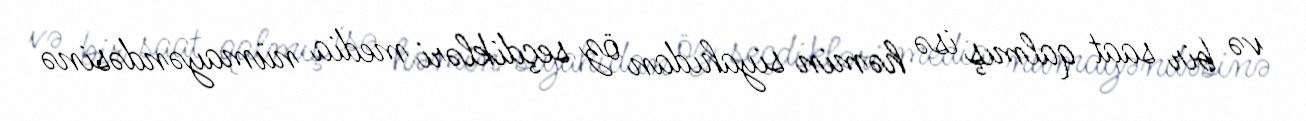
və bir saat qalmış isə həmin siyahıdan öz seçdikləri media nümayəndəsinə